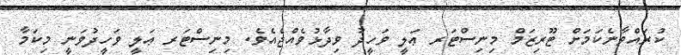
ކުރައްވާނެކަމަށް ޓޫރިޒަމް މިނިސްޓަރ ޢަލީ ވަހީދު ވިދާޅުވެއްޖެއެވެ. މިނިސްޓަރ ޢަލީ ވަހީދުވަނީ މިކަމާ